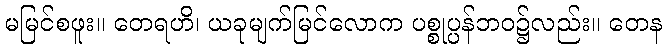
မမြင်စဖူး။ တေရဟိ၊ ယခုမျက်မြင်လောက ပစ္စုပ္ပန်ဘဝ၌လည်း။ တေန